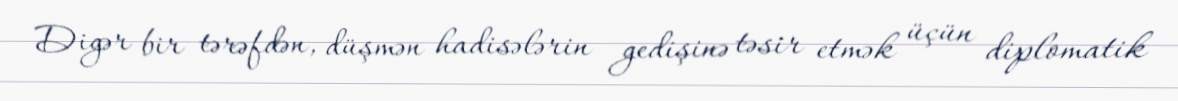
Digər bir tərəfdən, düşmən hadisələrin gedişinə təsir etmək üçün diplomatik